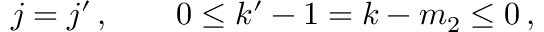
j = j ^ { \prime } \, , \qquad 0 \leq k ^ { \prime } - 1 = k - m _ { 2 } \leq 0 \, ,